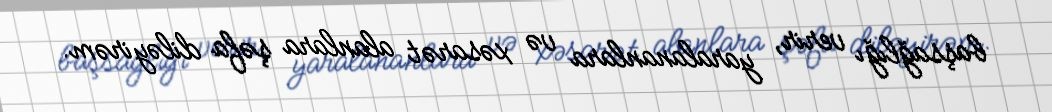
başsağlığı verir, yaralananlara və xəsarət alanlara şəfa diləyirəm.